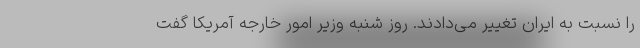
را نسبت به ایران تغییر می‌دادند. روز شنبه وزیر امور خارجه آمریکا گفت